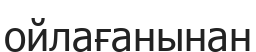
ойлағанынан